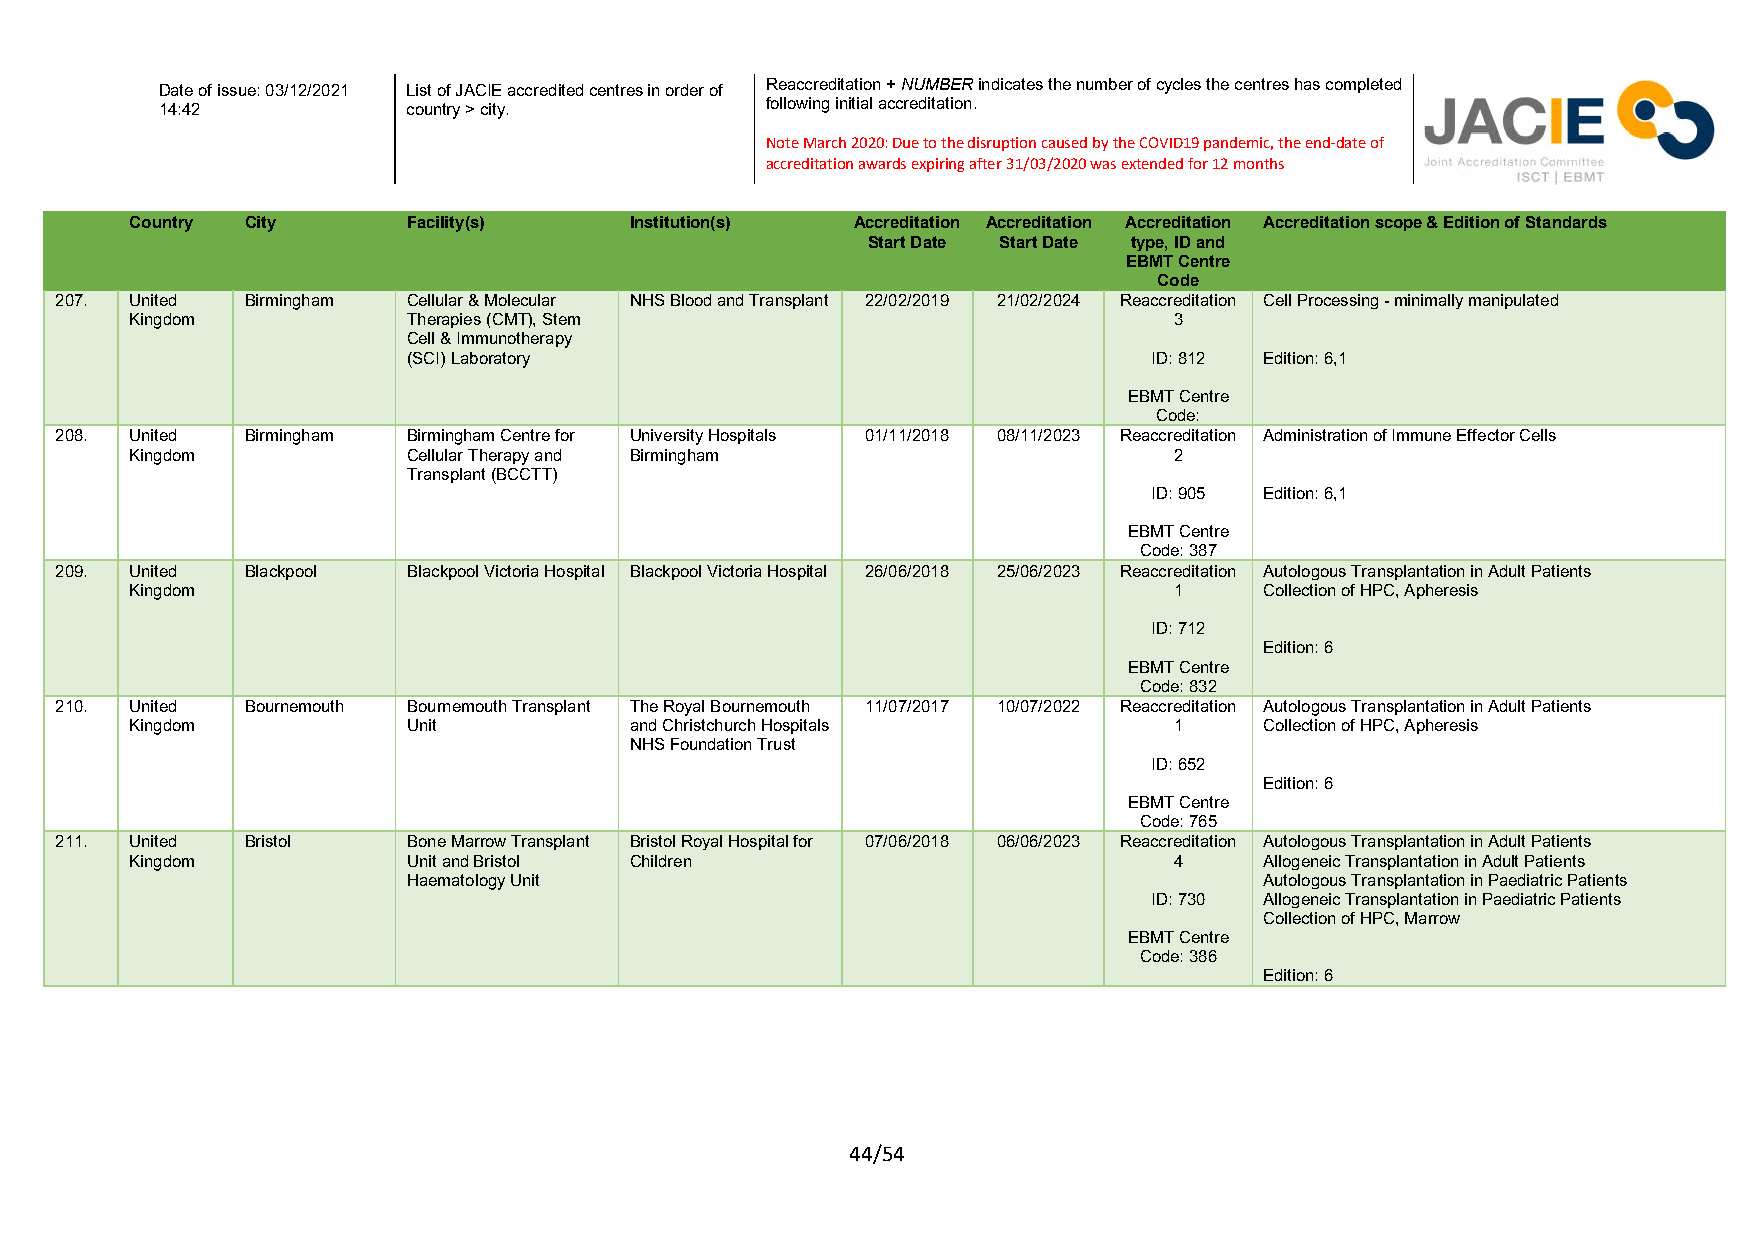
Reaccreditation + NUMBER indicates the number of cycles the centres has completed
 Date of issue: 03/12/2021 List of JACIE accredited centres in order of
 following initial accreditation.
 14:42           country > city.
 Note March 2020: Due to the disruption caused by the COVID19 pandemic, the end-date of
 accreditation awards expiring after 31/03/2020 was extended for 12 months
 Country City      Facility(s)    Institution(s) Accreditation Accreditation Accreditation Accreditation scope & Edition of Standards
 Start Date Start Date type, ID and
 EBMT Centre
 Code
 207. United Birmingham Cellular & Molecular NHS Blood and Transplant 22/02/2019 21/02/2024 Reaccreditation Cell Processing - minimally manipulated
 Kingdom           Therapies (CMT), Stem                              3
 Cell & Immunotherapy
 (SCI) Laboratory                                 ID: 812 Edition: 6,1
 EBMT Centre
 Code:
 208. United Birmingham Birmingham Centre for University Hospitals 01/11/2018 08/11/2023 Reaccreditation Administration of Immune Effector Cells
 Kingdom           Cellular Therapy and Birmingham                    2
 Transplant (BCCTT)
 ID: 905 Edition: 6,1
 EBMT Centre
 Code: 387
 209. United Blackpool  Blackpool Victoria Hospital Blackpool Victoria Hospital 26/06/2018 25/06/2023 Reaccreditation Autologous Transplantation in Adult Patients
 Kingdom                                                              1     Collection of HPC, Apheresis
 ID: 712
 Edition: 6
 EBMT Centre
 Code: 832
 210. United Bournemouth Bournemouth Transplant The Royal Bournemouth 11/07/2017 10/07/2022 Reaccreditation Autologous Transplantation in Adult Patients
 Kingdom           Unit           and Christchurch Hospitals          1     Collection of HPC, Apheresis
 NHS Foundation Trust
 ID: 652
 Edition: 6
 EBMT Centre
 Code: 765
 211. United Bristol    Bone Marrow Transplant Bristol Royal Hospital for 07/06/2018 06/06/2023 Reaccreditation Autologous Transplantation in Adult Patients
 Kingdom           Unit and Bristol Children                          4     Allogeneic Transplantation in Adult Patients
 Haematology Unit                                         Autologous Transplantation in Paediatric Patients
 ID: 730 Allogeneic Transplantation in Paediatric Patients
 Collection of HPC, Marrow
 EBMT Centre
 Code: 386
 Edition: 6
 44/54